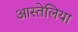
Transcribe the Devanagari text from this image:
आस्तेलिया